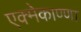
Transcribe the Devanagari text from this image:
एक्मेकाण्णा